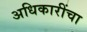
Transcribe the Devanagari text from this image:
अधिकारींचा